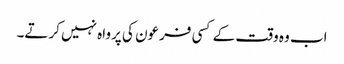
اب وہ وقت کے کسی فرعون کی پرواہ نہیں کرتے۔